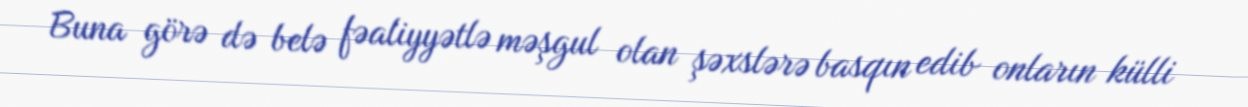
Buna görə də belə fəaliyyətlə məşgul olan şəxslərə basqın edib onların külli